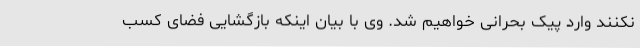
نکنند وارد پیک بحرانی خواهیم شد. وی با بیان اینکه بازگشایی فضای کسب